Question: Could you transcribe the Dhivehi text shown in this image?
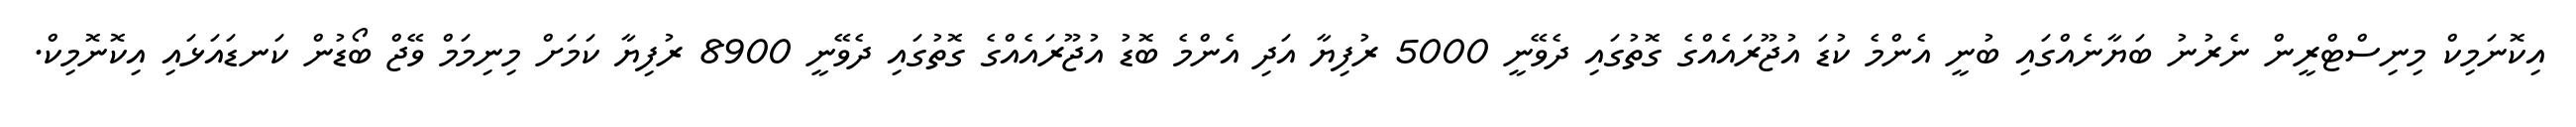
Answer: އިކޮނަމިކް މިނިސްޓްރީން ނެރުނު ބަޔާނެއްގައި ބުނީ އެންމެ ކުޑަ އުޖޫރައެއްގެ ގޮތުގައި ދެވޭނީ 5000 ރުފިޔާ އަދި އެންމެ ބޮޑު އުޖޫރައެއްގެ ގޮތުގައި ދެވޭނީ 8900 ރުފިޔާ ކަމަށް މިނިމަމް ވޭޖް ބޯޑުން ކަނޑައަޅައި އިކޮނޮމިކް.